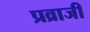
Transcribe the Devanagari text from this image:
प्रव्राजी